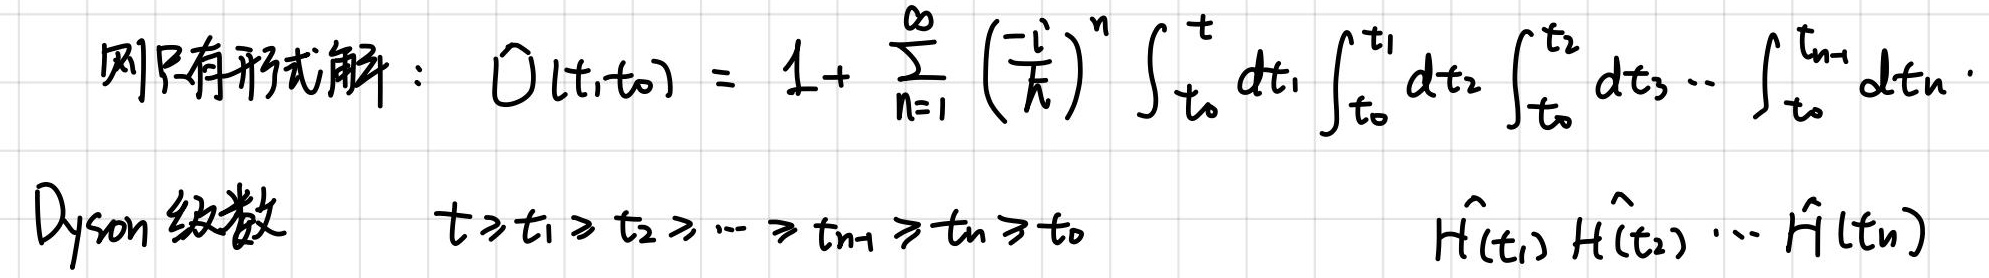
则只有形式解： \(\hat{O}(t,t_0)=1 + \sum_{n = 1}^{\infty} \left(\frac{-i}{\hbar}\right)^n \int_{t_0}^{t} dt_1 \int_{t_0}^{t_1} dt_2 \int_{t_0}^{t_2} dt_3 \cdots \int_{t_0}^{t_{n - 1}} dt_n \cdot\)

Dyson 级数 \(\quad t\geqslant t_1 \geqslant t_2 \geqslant \cdots \geqslant t_{n - 1} \geqslant t_n \geqslant t_0\) \(\quad \hat{H}(t_1) \hat{H}(t_2) \cdots \hat{H}(t_n)\)